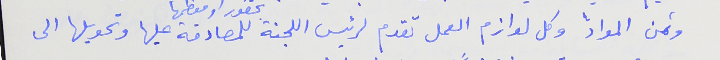
وثمن المواد وكل لوازم العمل تقدم لرئيس اللجنة بحضور او معظمها للمصادقة عليها وتحويلها الى